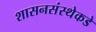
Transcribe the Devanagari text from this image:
शासनसंस्थेकडे